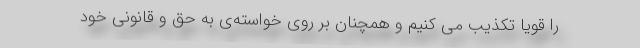
را قویا تکذیب می کنیم و همچنان بر روی خواسته‌ی به حق و قانونی خود